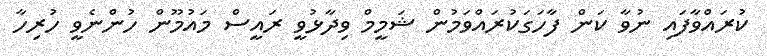
ކުރައްވާފައި ނުވާ ކަން ފާހަގަކުރައްވަމުން ޝަމީމް ވިދާޅުވީ ރައީސް މައުމޫން ހުންނެވީ ހުރިހާ